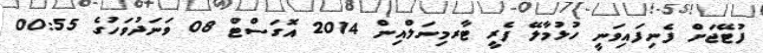
ފުޓޭޖަށް ފެނިފައިވަނީ ހުޅުމާލޭ ފެރީ ޓާރމިނަލްއިން 2014 އޮގަސްޓް 08 ވަނަދުވަހުގެ 00:55